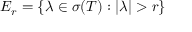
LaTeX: E _ { r } = \left\{ \lambda \in \sigma ( T ) : | \lambda | > r \right\}